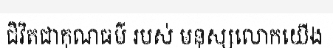
ជិវិតជាគុណធម៌ របស់ មនុស្សលោកយើង